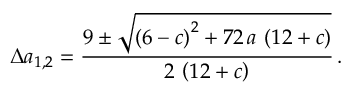
\Delta a _ { 1 , 2 } = \frac { 9 \pm { \sqrt { { \left( 6 - c \right) } ^ { 2 } + 7 2 \, a \, \left( 1 2 + c \right) } } } { 2 \, \left( 1 2 + c \right) } \, .